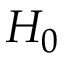
H _ { 0 }